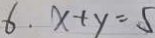
6 . x + y = 5